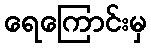
ရေကြောင်းမှ